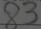
8 3